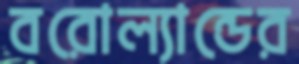
বরোল্যান্ডের